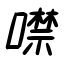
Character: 噤